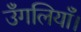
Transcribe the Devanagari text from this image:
उँगलियाँ।